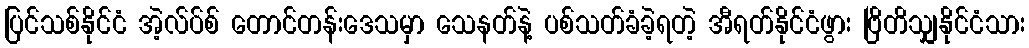
ပြင်သစ်နိုင်ငံ အဲ့လ်ပ်စ် တောင်တန်းဒေသမှာ သေနတ်နဲ့ ပစ်သတ်ခံခဲ့ရတဲ့ အီရတ်နိုင်ငံဖွား ဗြိတိသျှနိုင်ငံသား